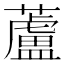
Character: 蘆